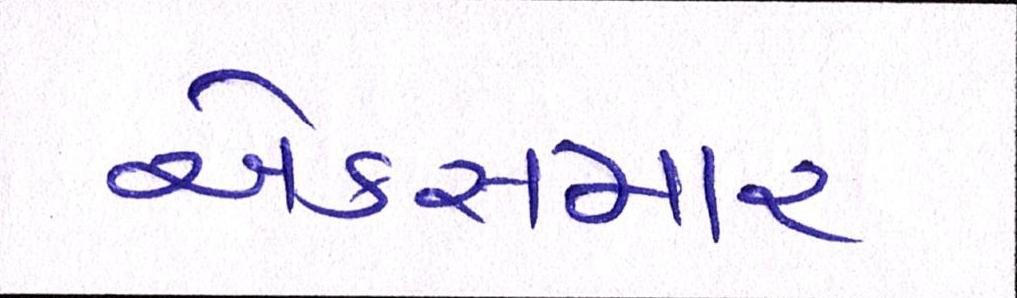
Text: એક્સમાર